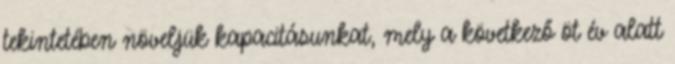
tekintetében növeljük kapacitásunkat, mely a következő öt év alatt